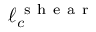
\ell _ { c } ^ { \mathrm { ~ s ~ h ~ e ~ a ~ r ~ } }